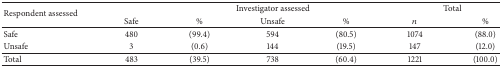
<table><thead><tr><td rowspan="2"><b>Respondent assessed</b></td><td><b> </b></td><td colspan="3"><b>Investigator assessed</b></td><td colspan="2"><b>Total</b></td></tr><tr><td><b>Safe</b></td><td><b>%</b></td><td><b>Unsafe</b></td><td><b>%</b></td><td><b><i>n</i></b></td><td><b>%</b></td></tr></thead><tbody><tr><td>Safe</td><td>480</td><td>(99.4)</td><td>594</td><td>(80.5)</td><td>1074</td><td>(88.0)</td></tr><tr><td>Unsafe</td><td>3</td><td>(0.6)</td><td>144</td><td>(19.5)</td><td>147</td><td>(12.0)</td></tr><tr><td>Total</td><td>483</td><td>(39.5)</td><td>738</td><td>(60.4)</td><td>1221</td><td>(100.0)</td></tr></tbody></table>